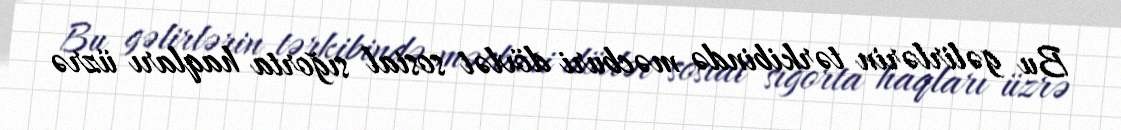
Bu gəlirlərin tərkibində məcburi dövlət sosial sığorta haqları üzrə